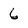
Character: 6